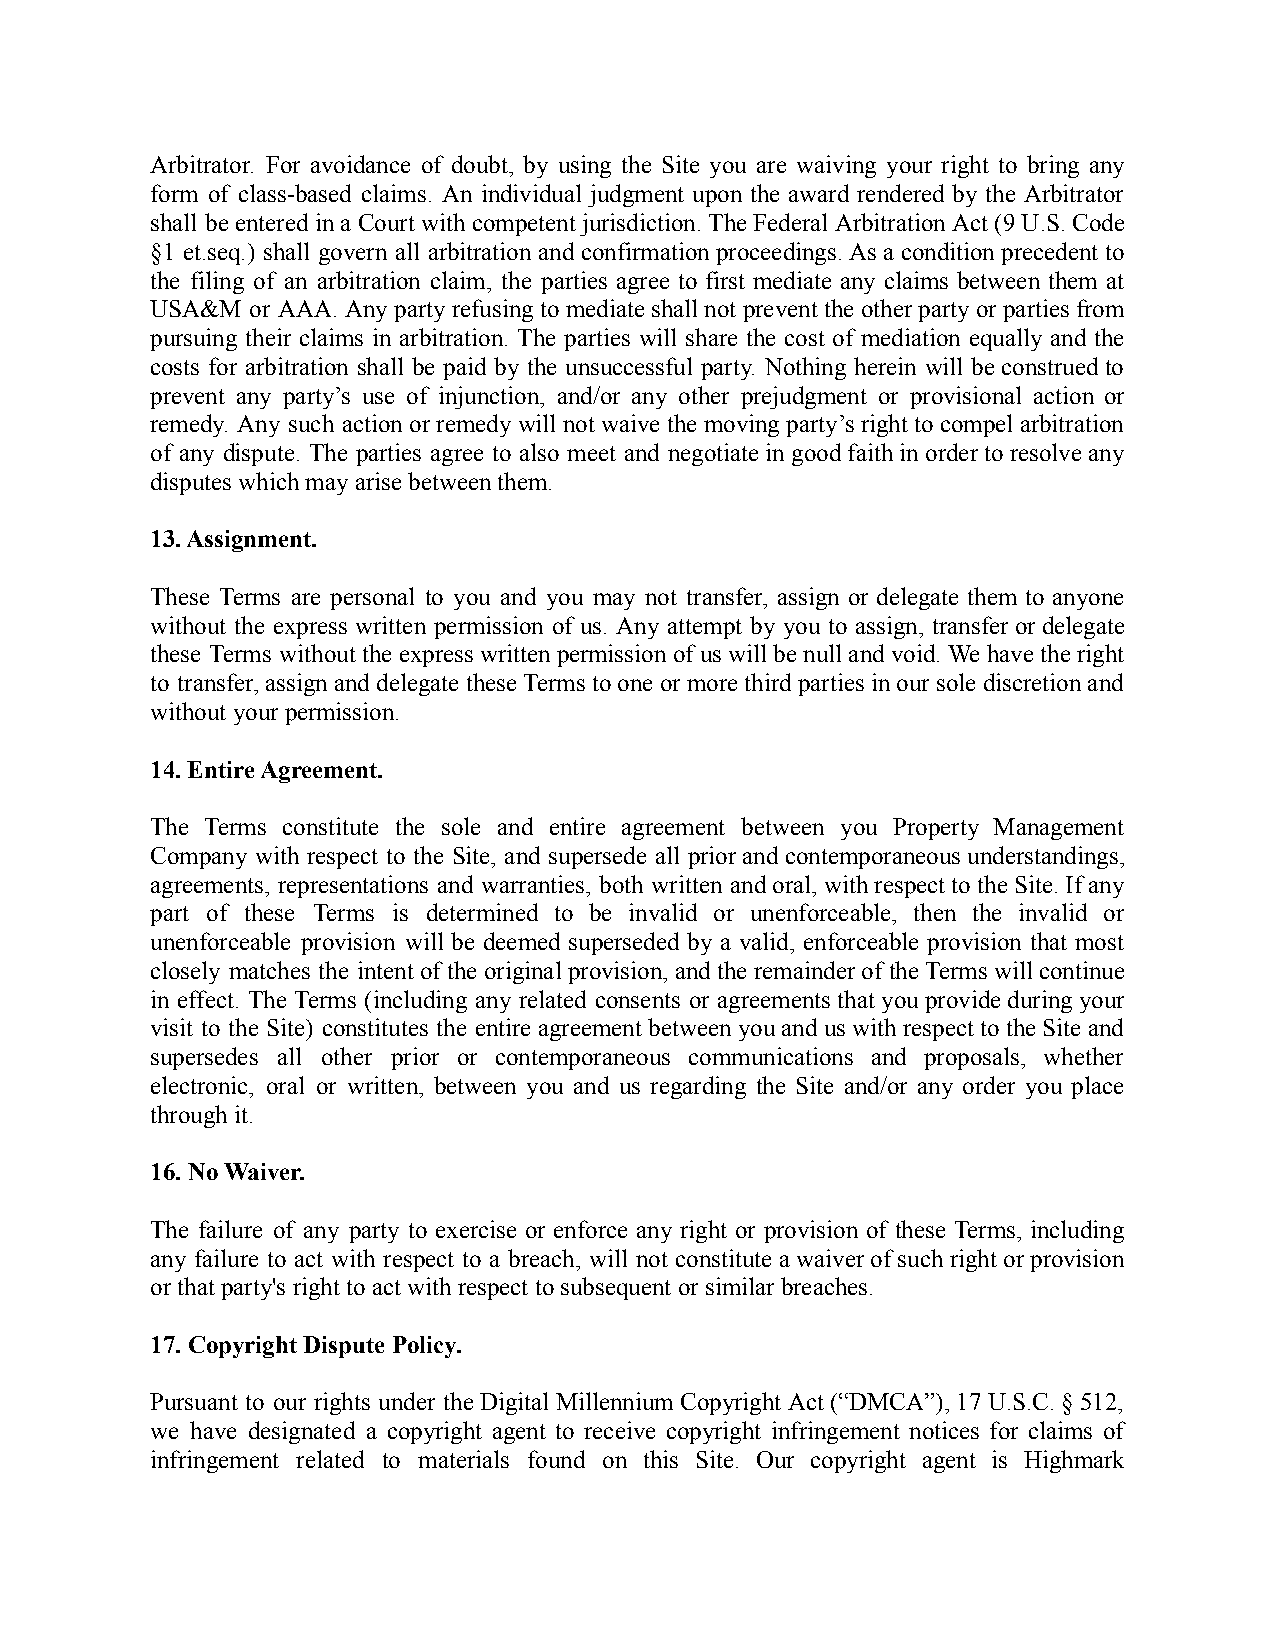
Arbitrator. For avoidance of doubt, by using the Site you are waiving your right to bring any
 form of class-based claims. An individual judgment upon the award rendered by the Arbitrator
 shall be enteredina Court withcompetentjurisdiction. TheFederalArbitration Act(9 U.S.Code
 §1 et.seq.) shall govern all arbitration andconfirmationproceedings. Asaconditionprecedent to
 the filing of an arbitration claim, the parties agree to first mediate any claims between them at
 USA&M  or AAA.Any partyrefusing tomediate shallnotpreventthe otherparty orparties from
 pursuing their claims in arbitration. The parties will share the cost of mediation equally and the
 costs for arbitration shall be paid by the unsuccessful party. Nothing herein will beconstrued to
 prevent any party’s use of injunction, and/or any other prejudgment or provisional action or
 remedy. Any such actionor remedywill notwaivethe movingparty’s right tocompelarbitration
 of any dispute. The parties agree to also meet and negotiate ingoodfaithinorder toresolveany
 disputes which may arise between them.
 13. Assignment.
 These Terms are personal to you and you may not transfer, assign or delegate them to anyone
 without the express written permission of us. Any attempt by you to assign, transfer ordelegate
 these Terms without theexpress writtenpermissionof uswillbe nullandvoid. Wehave theright
 to transfer,assignanddelegatetheseTermsto oneormorethird parties inour sole discretionand
 without your permission.
 14. Entire Agreement.
 The Terms constitute the sole and entire agreement between you Property Management
 Company with respect to the Site, and supersede all priorand contemporaneousunderstandings,
 agreements, representations and warranties, both written andoral,withrespect tothe Site.If any
 part of these Terms is determined to be invalid or unenforceable, then the invalid or
 unenforceable provision will be deemed superseded by a valid, enforceable provision that most
 closely matches the intentof theoriginal provision,andthe remainderof theTermswill continue
 in effect. The Terms (including any related consents or agreementsthat youprovideduringyour
 visit to the Site) constitutes the entire agreementbetween youanduswithrespect tothe Siteand
 supersedes all other prior or contemporaneous communications and proposals, whether
 electronic, oral or written, between you and us regarding the Site and/or any order you place
 through it.
 16. No Waiver.
 The failure of any party to exercise or enforce any right or provision of these Terms, including
 any failure to act with respect to a breach, will not constitute awaiverofsuch right orprovision
 or that party's right to act with respect to subsequentor similar breaches.
 17. Copyright Dispute Policy.
 Pursuant to our rights under theDigitalMillennium Copyright Act(“DMCA”), 17U.S.C.§512,
 we have designated a copyright agent to receive copyright infringement notices for claims of
 infringement related to materials found on this Site. Our copyright agent is Highmark